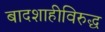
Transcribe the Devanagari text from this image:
बादशाहीविरुद्ध